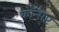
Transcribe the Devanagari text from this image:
कॉन्सैप्ट